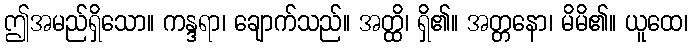
ဤအမည်ရှိသော။ ကန္ဒရာ၊ ချောက်သည်။ အတ္ထိ၊ ရှိ၏။ အတ္တနော၊ မိမိ၏။ ယူထေ၊